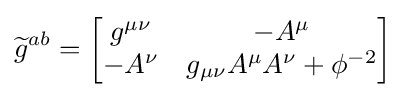
{\widetilde {g}}^{ab}={\begin{bmatrix}g^{\mu \nu }&-A^{\mu }\\-A^{\nu }&g_{\mu \nu }A^{\mu }A^{\nu }+\phi ^{-2}\end{bmatrix}}